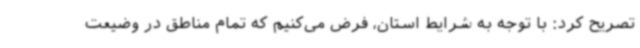
تصریح کرد: با توجه به شرایط استان، فرض می‌کنیم که تمام مناطق در وضیعت